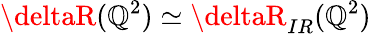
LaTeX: \deltaR(\mathbb{Q}^{2})\simeq\deltaR_{IR}(\mathbb{Q}^{2})